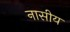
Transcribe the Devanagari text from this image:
नासीय